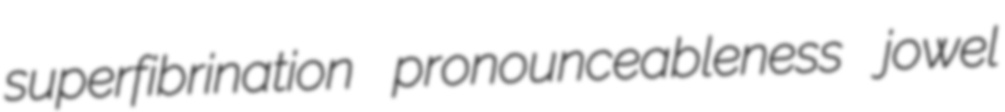
superfibrination pronounceableness jowel